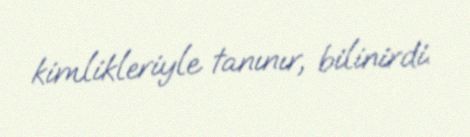
kimlikleriyle tanınır, bilinirdi.